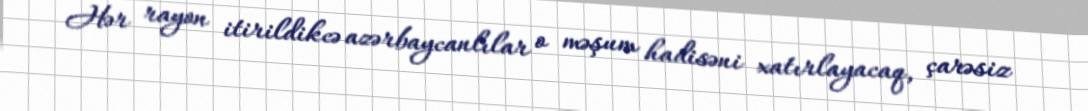
Hər rayon itirildikcə azərbaycanlılar o məşum hadisəni xatırlayacaq, çarəsiz